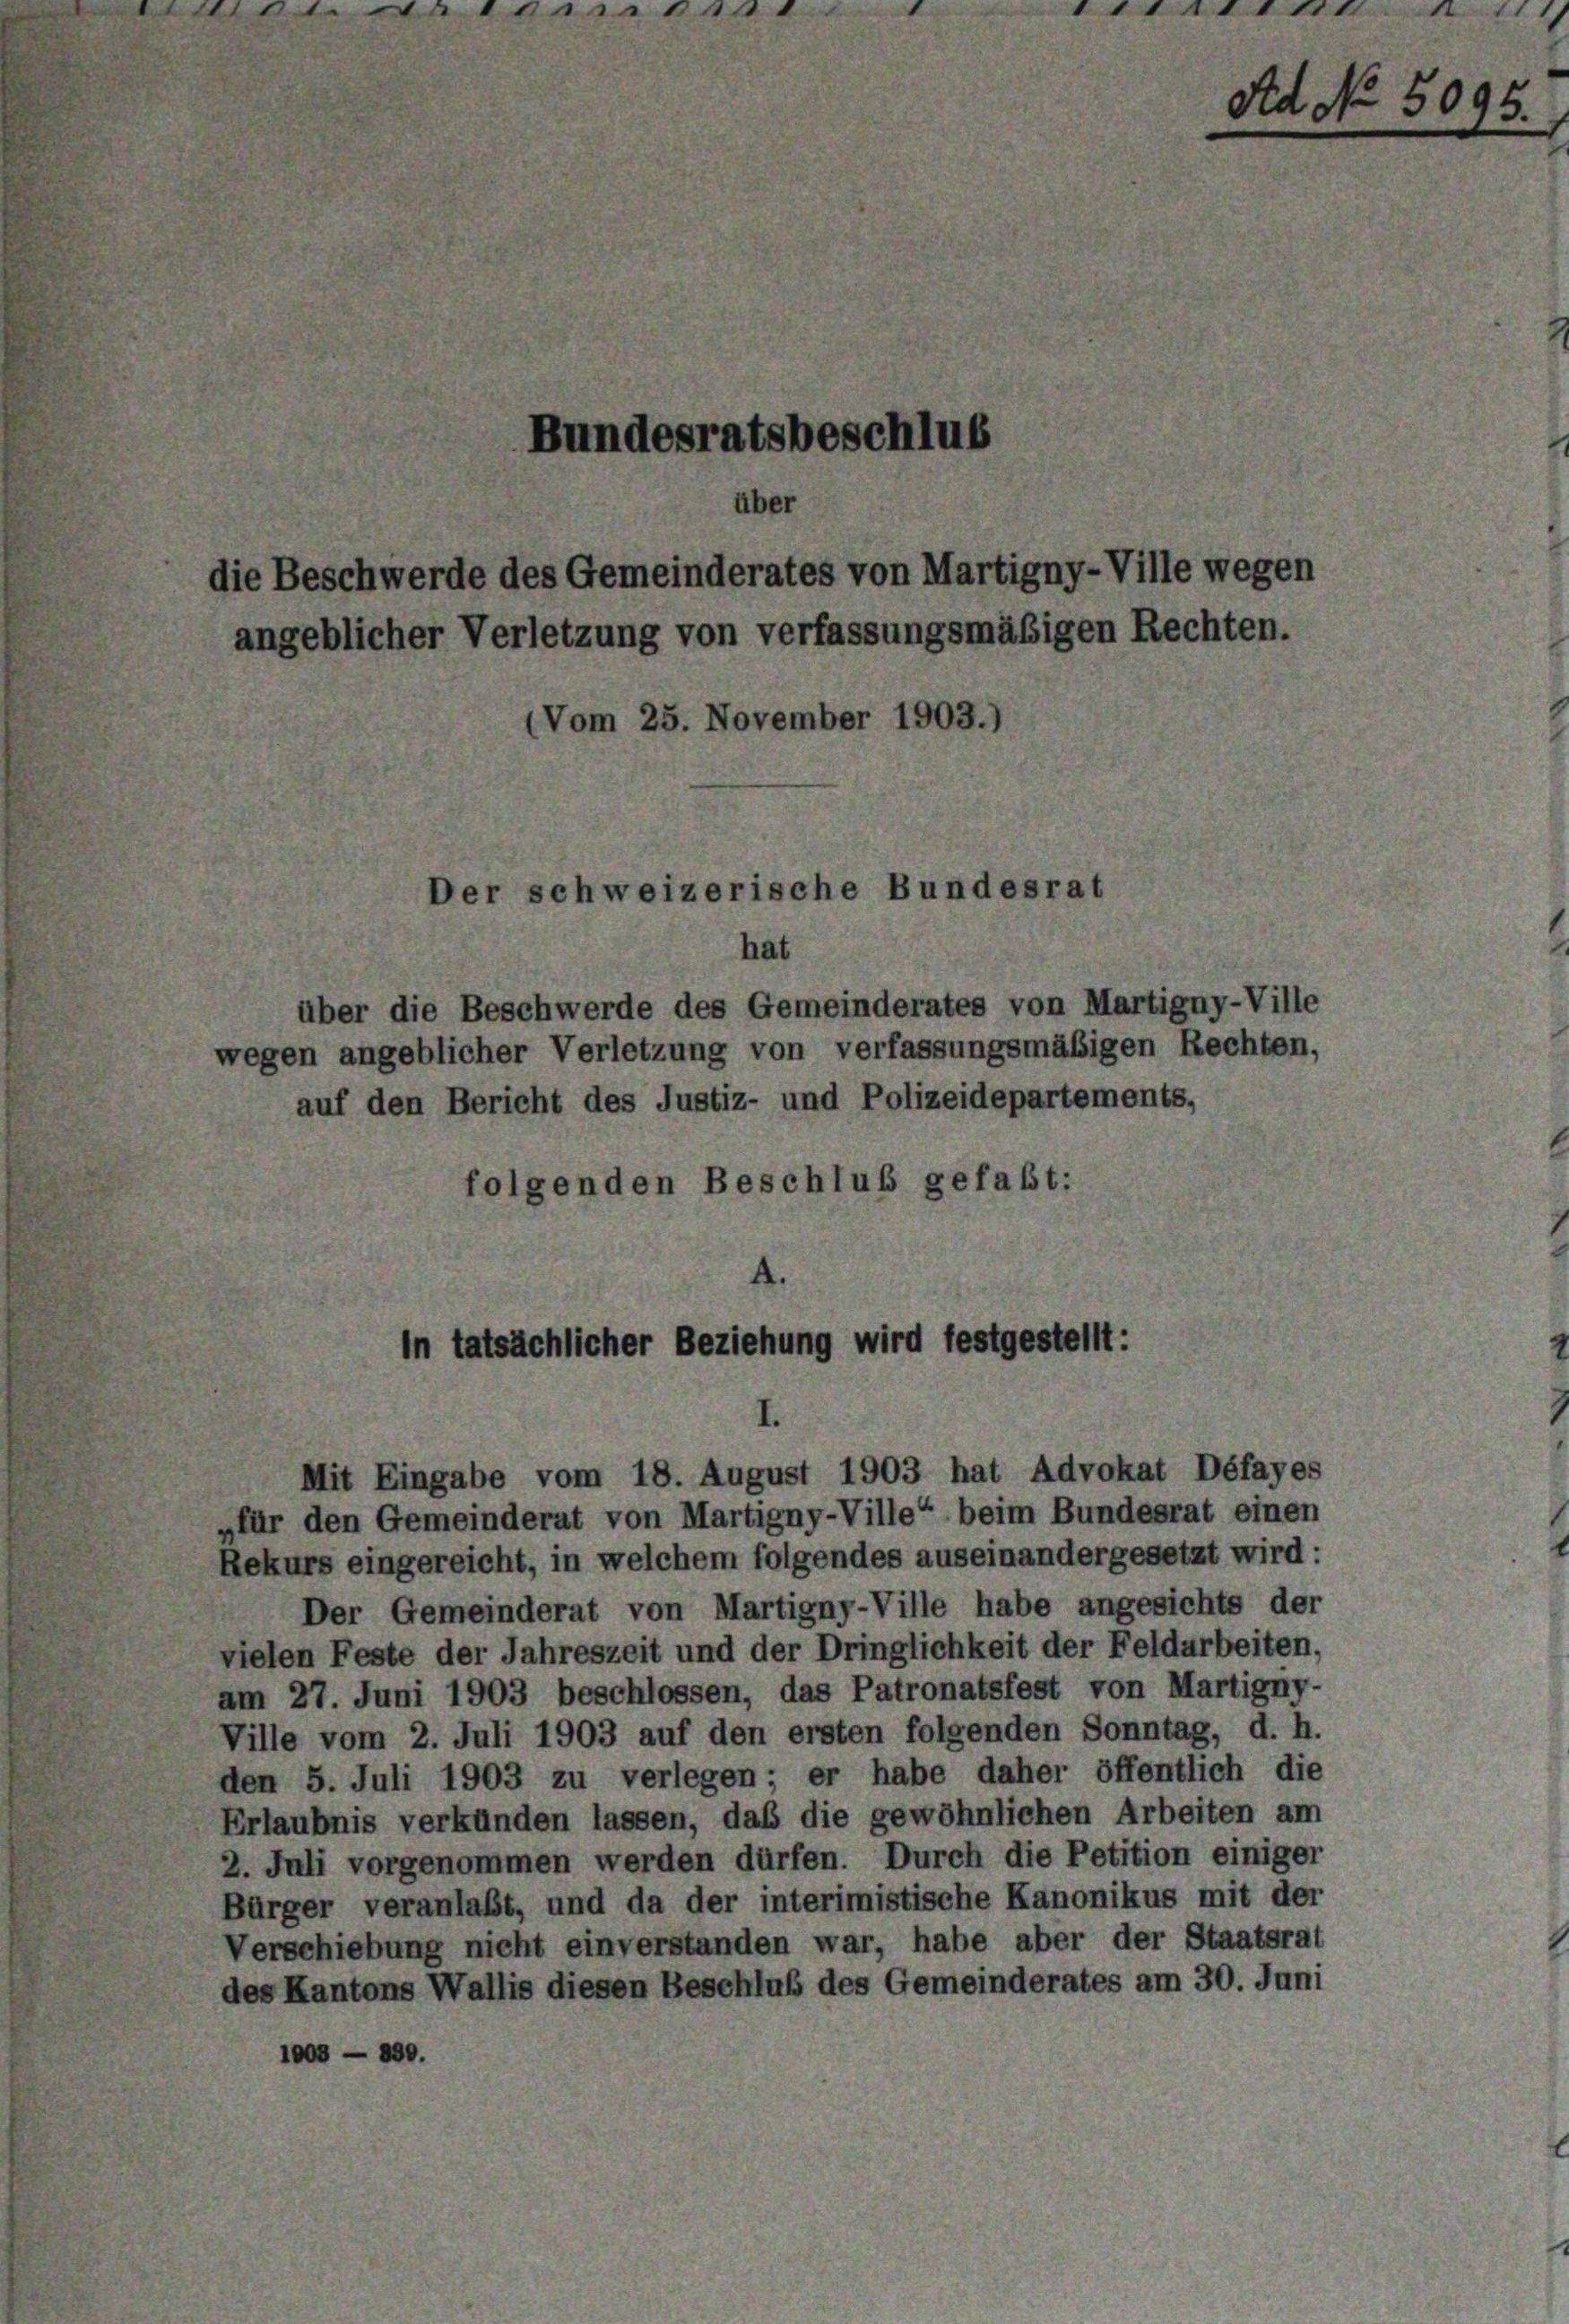
Bundesratsbeschlus
über
lie Beschwerde des Gemeinderates von Martigny-Ville wegen
angeblicher Verletzung von verfassungsmäßigen Rechten.
Vom 25. November 1903.)

hat
über die Beschwerde des Gemeinderates von Martigny-Ville
egen angeblicher Verletzung von verfassungsmäßigen Rechten,
auf den Bericht des Justiz- und Polizeidepartements,
folgenden Beschluß gefaßt:

Der schweizerische Bundesrat

In tatsächlicher Beziehung wird festgestellt:

Mit Eingabe vom 18. August 1903 hat Advokat Défayes
„für den Gemeinderat von Martigny-Ville“ beim Bundesrat einen
Rekurs eingereicht, in welchem folgendes auseinandergesetzt wird :
Der Gemeinderat von Martigny-Ville habe angesichts der
vielen Feste der Jahreszeit und der Dringlichkeit der Feldarbeiten,
am 27. Juni 1903 beschlossen, das Patronatsfest von Martigny-
Ville vom 2. Juli 1903 auf den ersten folgenden Sonntag, d. h.
den 5. Juli 1903 zu verlegen; er habe daher öffentlich die
Erlaubnis verkünden lassen, daß die gewöhnlichen Arbeiten am
2. Juli vorgenommen werden dürfen. Durch die Petition einiger
Bürger veranlaßt, und da der interimistische Kanonikus mit der
Verschiebung nicht einverstanden war, habe aber der Staatsrat
des Kantons Wallis diesen Beschluß des Gemeinderates am 30. Juni
1003 - 800.